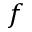
f